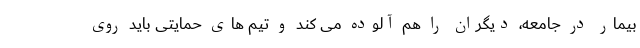
بیمار در جامعه، دیگران را هم آلوده می کند و تیم های حمایتی باید روی